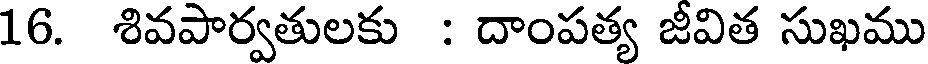
16. శివపార్వతులకు : దాంపత్య జీవిత సుఖము